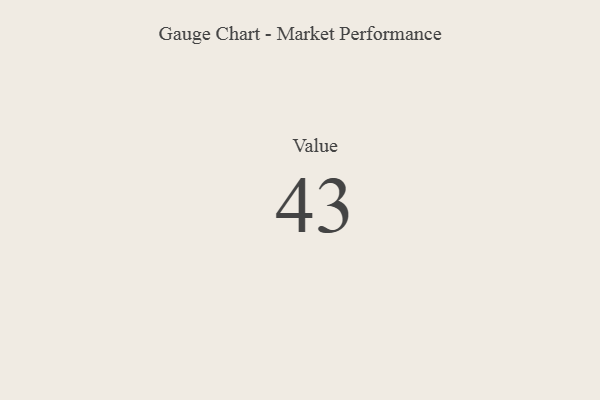
{"axis": {"x": "Metric", "y": "Value"}, "legend": [""], "data": [{"x": "Value", "y": 43, "type": ""}]}